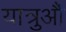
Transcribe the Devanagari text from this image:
यात्रुऔं